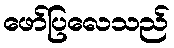
ဖော်ပြလေသည်